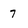
Character: 7